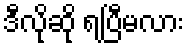
ဒီလိုဆို ရပြီမလား